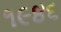
૧૯૪૬